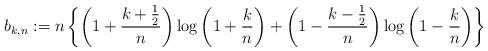
LaTeX: \begin{align*}b_{k,n} := n \left\{\left(1 + \frac{k+\frac12}{n}\right) \log\left(1 + \frac{k}{n}\right) + \left(1 - \frac{k-\frac12}{n}\right) \log\left(1 - \frac{k}{n}\right)\right\}\end{align*}